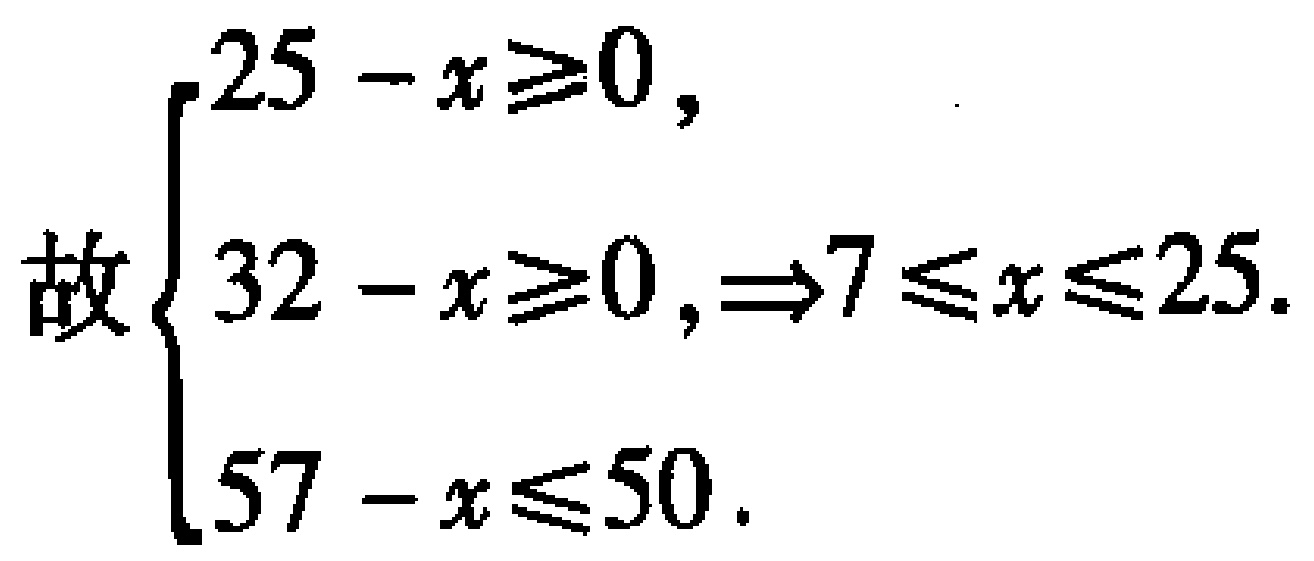
故\(\begin{cases}
25 - x\geqslant0, \\
32 - x\geqslant0, \\
57 - x\leqslant50.
\end{cases}\Rightarrow7\leqslant x\leqslant25\).